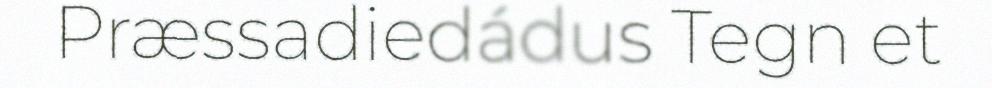
Præssadiedádus Tegn et